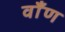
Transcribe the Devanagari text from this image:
वाँण